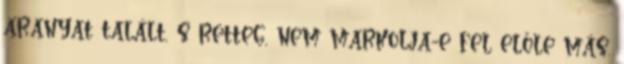
aranyat talált, s retteg, nem markolja-e fel előle más.